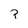
Character: P